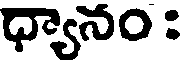
ధ్యానం :